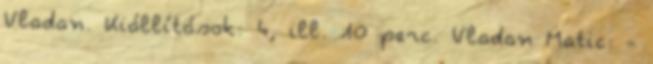
Vladan. Kiállítások: 4, ill. 10 perc. Vladan Matic: -